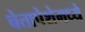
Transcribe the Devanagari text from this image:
चेतापेशेमध्ये